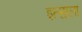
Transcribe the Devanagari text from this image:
इत्साला